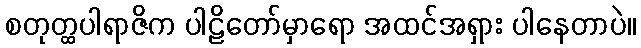
စတုတ္ထပါရာဇိက ပါဠိတော်မှာရော အထင်အရှား ပါနေတာပဲ။